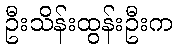
ဦးသိန်းထွန်းဦးက